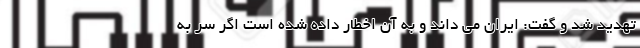
تهدید شد و گفت: ایران می داند و به آن اخطار داده شده است اگر سر به